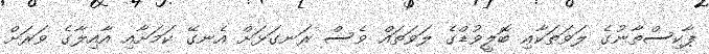
ޕާކިސްތާނުގެ ލަވަތަކާއި ބޮލީވުޑްގެ ލަވަތައް ވެސް ރަނގަޅަށް އެނގޭ ކަމަށާއި އާއިލާގެ ވަރަށް